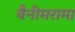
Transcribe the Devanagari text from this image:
बैनीमरामा